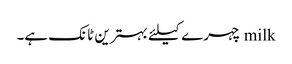
milk چہرے کیلئے بہترین ٹانک ہے۔